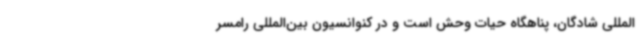
‌المللی شادگان، پناهگاه حیات وحش است و در کنوانسیون بین‌المللی رامسر